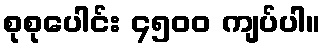
စုစုပေါင်း ၄၅၀၀ ကျပ်ပါ။